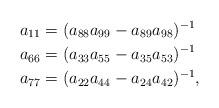
LaTeX: \begin{align*} a_{11} &= (a_{88}a_{99}-a_{89}a_{98})^{-1}\\ a_{66} &= (a_{33}a_{55}-a_{35}a_{53})^{-1}\\ a_{77} &= (a_{22}a_{44}-a_{24}a_{42})^{-1},\end{align*}